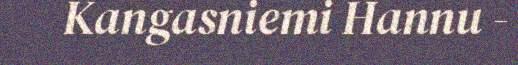
Kangasniemi Hannu -